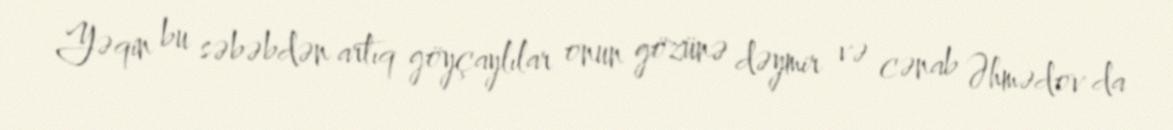
Yəqin bu səbəbdən artıq göyçaylılar onun gözünə dəymir və cənab Əhmədov da